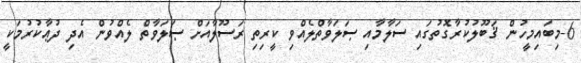
6-މިބައިމީހުން ޤަބޫލުކުރާގޮތުގައި ސަލާމާއި ޞަލަވާތްލެއްވި ކީރިތި ރަސޫލާއަށް ޞަލަވާތް ލެއްވުން އެދި ދުޢާކުރުމަކީ